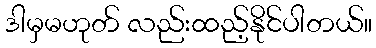
ဒါမှမဟုတ် လည်းထည့်နိုင်ပါတယ်။